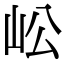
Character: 𡵴